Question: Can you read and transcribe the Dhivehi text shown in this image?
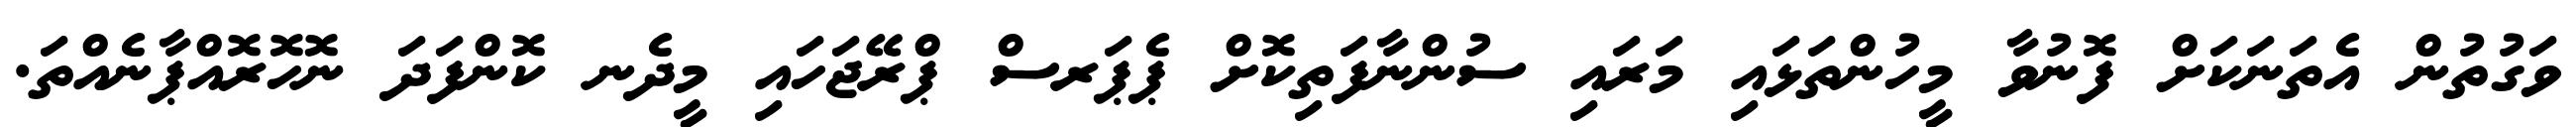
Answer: ވަގުތުން އެތަނަކަށް ފޮނުވާ މީހުންތަޅައި މަރައި ސުންނާފަތިކޮށް ޕެޕަރސް ޕްރޭޖަހައި މީދެނ ކޮންފަދަ ނޮހޮރޮއްޕާނެއްތަ.